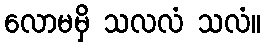
လောမမှိ သလလံ သလံ။